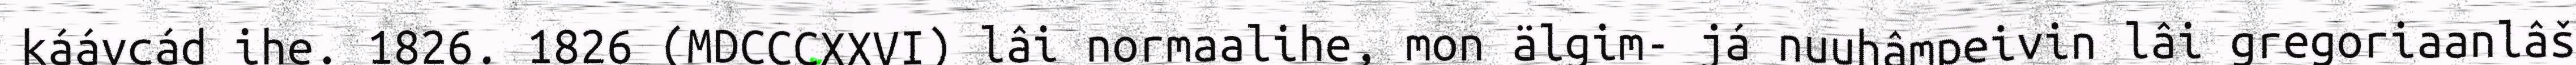
káávcád ihe. 1826. 1826 (MDCCCXXVI) lâi normaalihe, mon älgim- já nuuhâmpeivin lâi gregoriaanlâš